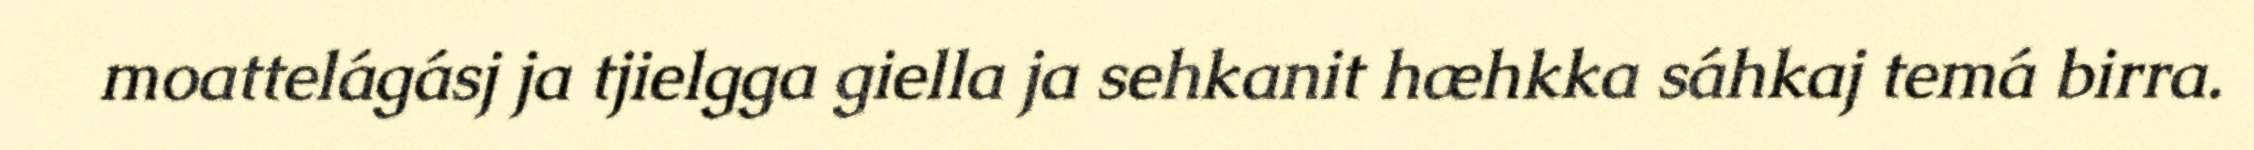
moattelágásj ja tjielgga giella ja sehkanit hæhkka sáhkaj temá birra.